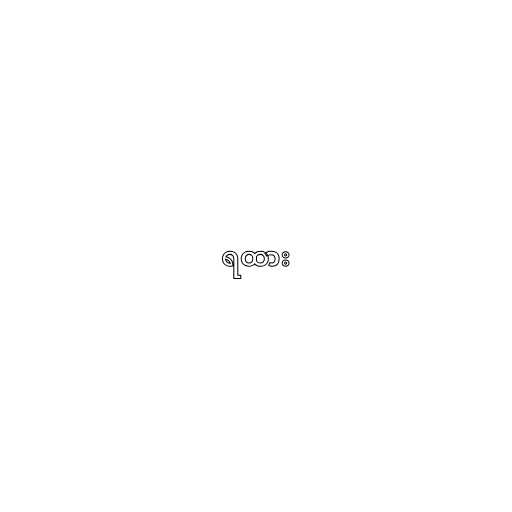
ရထား